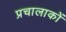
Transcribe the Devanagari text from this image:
प्रचालाकों